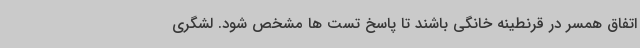
اتفاق همسر در قرنطینه خانگی باشند تا پاسخ تست ها مشخص شود. لشگری